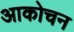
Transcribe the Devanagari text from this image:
आकोचन